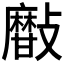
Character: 𣀫